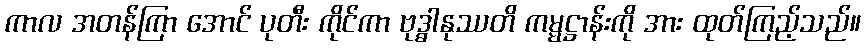
ကာလ အတန်ကြာ အောင် ပုတီး ကိုင်ကာ ဗုဒ္ဓါနုဿတိ ကမ္မဋ္ဌာန်းကို အား ထုတ်ကြည့်သည်။